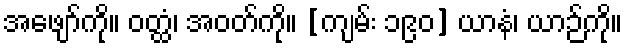
အဖျော်ကို။ ဝတ္ထံ၊ အဝတ်ကို။ [ကျမ်း ၁၉၀] ယာနံ၊ ယာဉ်ကို။